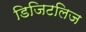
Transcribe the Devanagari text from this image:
डिजिटलिज